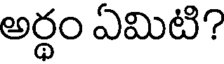
అర్ధం ఏమిటి?